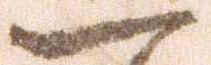
一